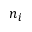
n _ { i }